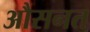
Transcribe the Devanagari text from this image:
औसनत